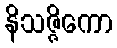
နိသဇ္ဇိကော